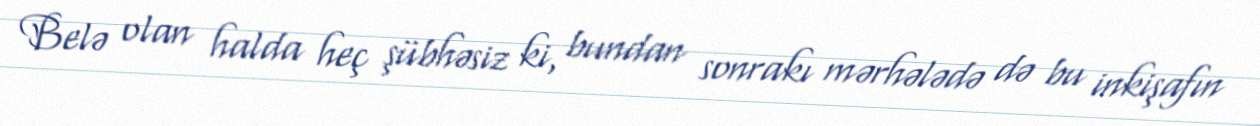
Belə olan halda heç şübhəsiz ki, bundan sonrakı mərhələdə də bu inkişafın